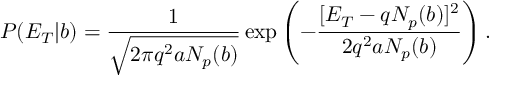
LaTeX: P ( E _ { T } | b ) = \frac { 1 } { \sqrt { 2 \pi q ^ { 2 } a N _ { p } ( b ) } } \exp \left( - \frac { [ E _ { T } - q N _ { p } ( b ) ] ^ { 2 } } { 2 q ^ { 2 } a N _ { p } ( b ) } \right) .